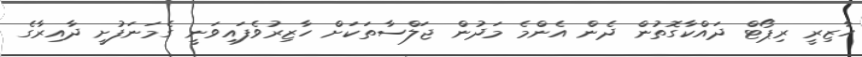
ހާޒިރީ ރިޕޯޓް ދައްކާގޮތުން ދެން އެންމެ މަދުން ޖަލްސާތަކަށް ހާޒިރުވެފައިވަނީ ގެމަނަފުށީ ދާއިރާގެ